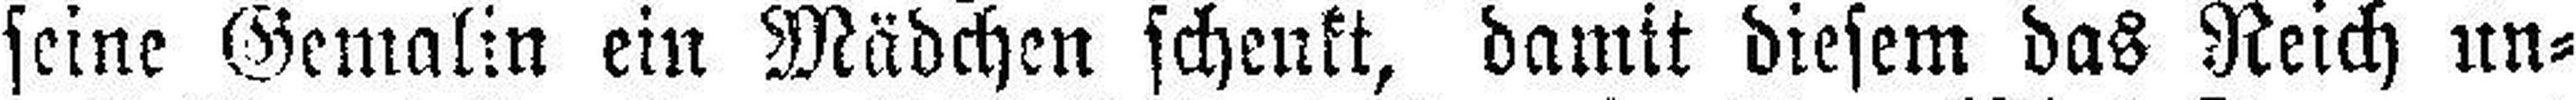
seine Gemalin ein Mädchen schenkt, damit diesem das Reich un¬